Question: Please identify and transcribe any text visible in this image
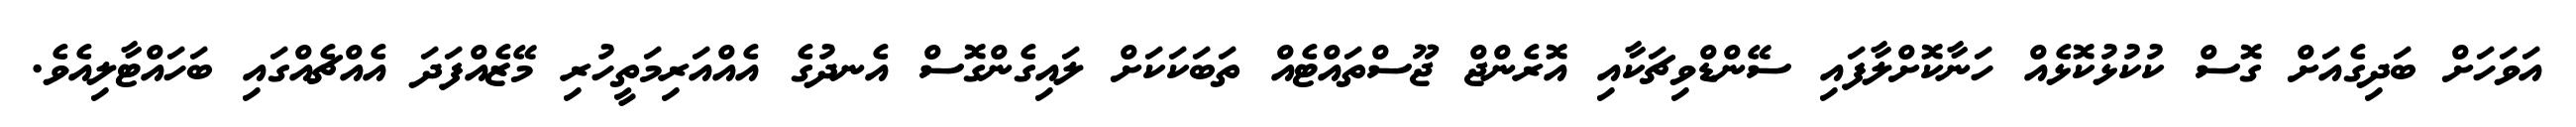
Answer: އަވަހަށް ބަދިގެއަށް ގޮސް ކުކުޅުކޮޅެއް ހަނާކޮށްލާފައި ސޭންޑްވިޗަކާއި އޮރެންޖް ޖޫސްތައްޓެއް ތަބަކަކަށް ލައިގެންގޮސް އެނދުގެ އެއްއަރިމަތީހުރި މޭޒެއްފަދަ އެއްޗެއްގައި ބަހައްޓާލިއެވެ.